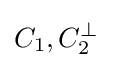
C_{1},C_{2}^{\perp }